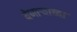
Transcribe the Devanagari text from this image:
येणार्‍याच्या